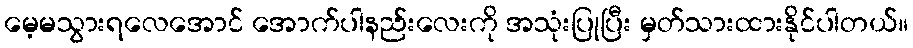
မေ့မသွားရလေအောင် အောက်ပါနည်းလေးကို အသုံးပြုပြီး မှတ်သားထားနိုင်ပါတယ်။